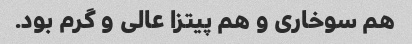
هم سوخاری و هم پیتزا عالی و گرم بود.